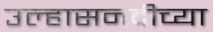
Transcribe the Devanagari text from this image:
उल्हासनदीच्या